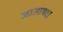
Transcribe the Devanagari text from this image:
जाताथा।